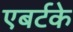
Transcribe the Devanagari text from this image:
एबर्टके